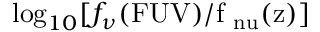
\log _ { 1 0 } [ f _ { \nu } ( \mathrm { F U V ) / f _ { \ n u } ( z ) ] }